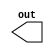
module evaluates2 (out);
output out;
reg a, b, c;
initial begin
a = 0;
b = 1;
c = 0;
end
always c = #5 ~c;

always @(posedge c) begin
a <= b; // evaluates, schedules,
b <= a; // and executes in two steps
end
endmodule

//non_block1.v
module non_block1;
reg a, b, c, d, e, f;
//blocking assignments
initial begin
a = #10 1; // a will be assigned 1 at time 10
b = #2 0; // b will be assigned 0 at time 12
c = #4 1; // c will be assigned 1 at time 16
end
//non-blocking assignments
initial begin
d <= #10 1; // d will be assigned 1 at time 10
e <= #2 0; // e will be assigned 0 at time 2
f <= #4 1; // f will be assigned 1 at time 4
end
endmodule